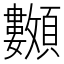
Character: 𩖅